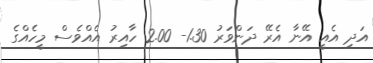
އަދި އެއީ އޭނާ އެރޭ ދަންވަރު 1.30- 2.00 ހާއިރު އެއްވެސް މީހެއްގެ